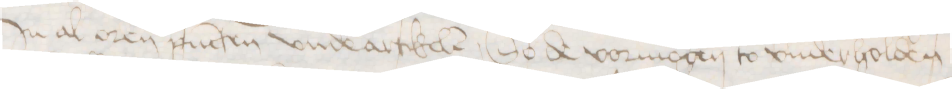
Jn al oren pucten vnde artikelen, So de vormogen to vnderholden